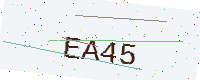
Text: EA45